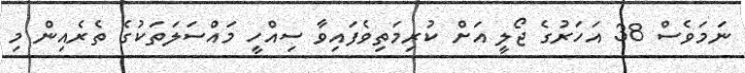
ނަމަވެސް 38 އަހަރުގެ ޖޯލީ އަށް ކުރިމަތިވެފައިވާ ސިއްހީ މައްސަލަތަކުގެ ތެރެއިން މި